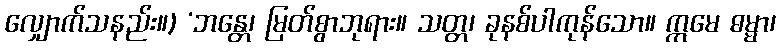
လျှောက်သနည်း။) ‘ဘန္တေ၊ မြတ်စွာဘုရား။ သတ္တ၊ ခုနစ်ပါကုန်သော။ ဣမေ ဓမ္မာ၊